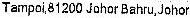
TAMPOI,81200 JOHOR BAHRU,JOHOR